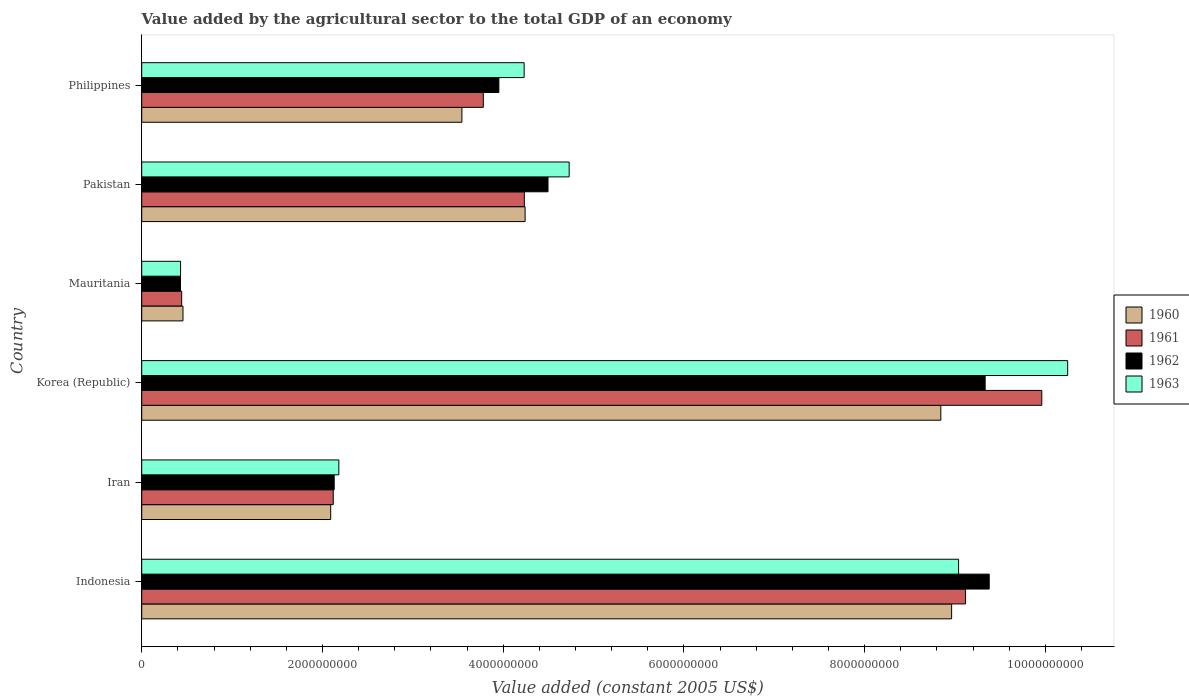
| Country | 1960 | 1961 | 1962 | 1963 |
 | --- | --- | --- | --- | --- |
 | Indonesia | 8.96e+09 | 9.12e+09 | 9.38e+09 | 9.04e+09 |
 | Iran | 2.09e+09 | 2.12e+09 | 2.13e+09 | 2.18e+09 |
 | Korea (Republic) | 8.84e+09 | 9.96e+09 | 9.33e+09 | 1.02e+10 |
 | Mauritania | 4.57e+08 | 4.42e+08 | 4.29e+08 | 4.3e+08 |
 | Pakistan | 4.24e+09 | 4.23e+09 | 4.5e+09 | 4.73e+09 |
 | Philippines | 3.54e+09 | 3.78e+09 | 3.95e+09 | 4.23e+09 |